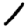
Digit: 1